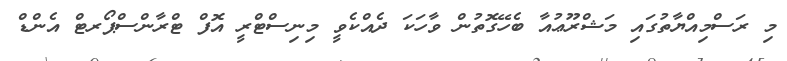
މި ރަސްމިއްޔާތުގައި މަޝްރޫޢުއާ ބެހޭގޮތުން ވާހަކަ ދެއްކެވީ މިނިސްޓްރީ އޮފް ޓްރާންސްޕޯރޓް އެންޑް